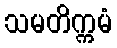
သမတိက္ကမံ